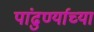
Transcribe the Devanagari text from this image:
पांढुर्ण्याच्या